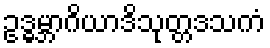
ဥဒ္ဓမ္ဘာဂိယာဒိသုတ္တဒသကံ